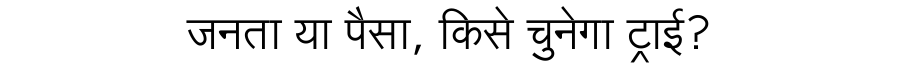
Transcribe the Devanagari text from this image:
जनता या पैसा, किसे चुनेगा ट्राई?